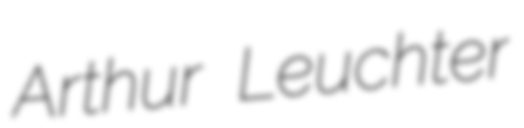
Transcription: Arthur Leuchter